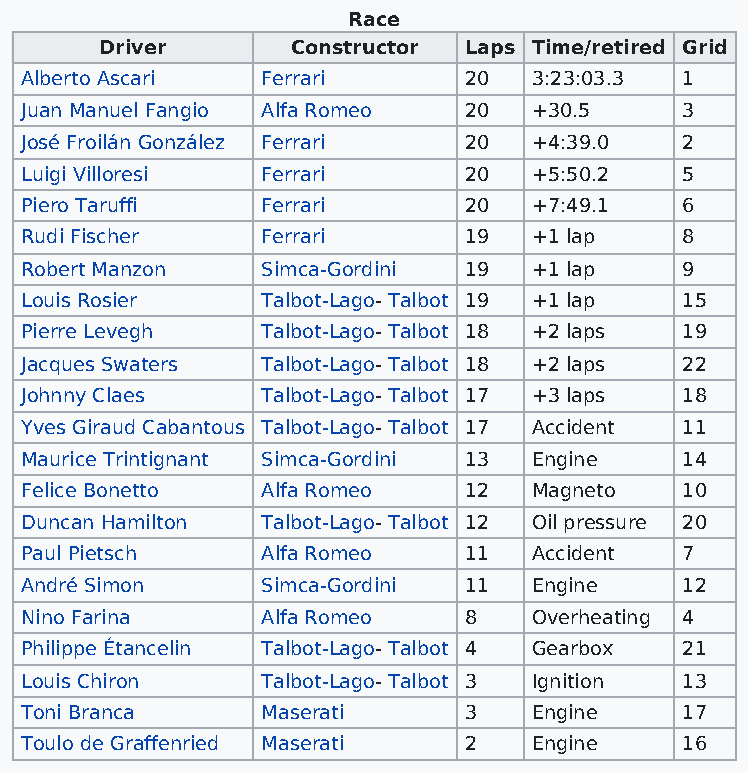
Race
 Driver      Constructor Laps Time/retired Grid
 Alberto Ascari  Ferrari       20  3:23:03.3 1
 Juan Manuel Fangio Alfa Romeo 20  +30.5     3
 José Froilán González Ferrari 20  +4:39.0   2
 Luigi Villoresi Ferrari       20  +5:50.2   5
 Piero Taruffi   Ferrari       20  +7:49.1   6
 Rudi Fischer    Ferrari       19  +1 lap    8
 Robert Manzon   Simca-Gordini 19  +1 lap    9
 Louis Rosier    Talbot-Lago- Talbot 19 +1 lap 15
 Pierre Levegh   Talbot-Lago- Talbot 18 +2 laps 19
 Jacques Swaters Talbot-Lago- Talbot 18 +2 laps 22
 Johnny Claes    Talbot-Lago- Talbot 17 +3 laps 18
 Yves Giraud Cabantous Talbot-Lago- Talbot 17 Accident 11
 Maurice Trintignant Simca-Gordini 13 Engine 14
 Felice Bonetto  Alfa Romeo    12  Magneto   10
 Duncan Hamilton Talbot-Lago- Talbot 12 Oil pressure 20
 Paul Pietsch    Alfa Romeo    11  Accident  7
 André Simon     Simca-Gordini 11  Engine    12
 Nino Farina     Alfa Romeo    8   Overheating 4
 Philippe Étancelin Talbot-Lago- Talbot 4 Gearbox 21
 Louis Chiron    Talbot-Lago- Talbot 3 Ignition 13
 Toni Branca     Maserati      3   Engine    17
 Toulo de Graffenried Maserati 2   Engine    16